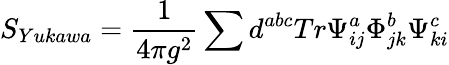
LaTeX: S_{Yukawa}=\frac{1}{4\pi g^{2}}\sum d^{abc}Tr\Psi_{ij}^{a}\Phi_{jk}^{b}\Psi_{ki}^{c}